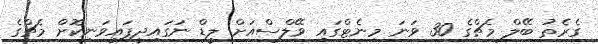
ގެރެތު ބޭލް މެޗްގެ 30 ވަނަ މިނެޓްގައި ވޭލްސްއަށް ލީޑް ނަގައިދީފައިވަނިކޮށް މެޗްގެ